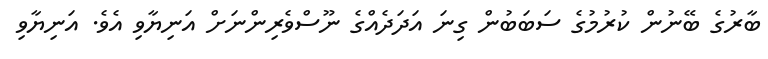
ބާރުގެ ބޭނުން ކުރުމުގެ ސަބަބުން ގިނަ އަދަދެއްގެ ނޫސްވެރިންނަށް އަނިޔާވި އެވެ. އަނިޔާވި